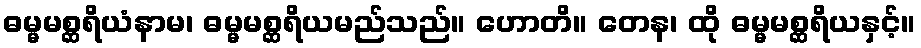
ဓမ္မမစ္ဆရိယံနာမ၊ ဓမ္မမစ္ဆရိယမည်သည်။ ဟောတိ။ တေန၊ ထို ဓမ္မမစ္ဆရိယနှင့်။